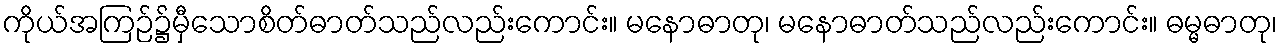
ကိုယ်အကြဉ်၌မှီသောစိတ်ဓာတ်သည်လည်းကောင်း။ မနောဓာတု၊ မနောဓာတ်သည်လည်းကောင်း။ ဓမ္မဓာတု၊